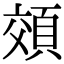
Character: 頝